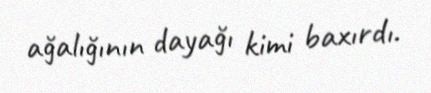
ağalığının dayağı kimi baxırdı.